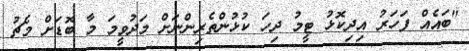
"ބައެއް ފަހަރު އިދިކޮޅު ޓީމު ދިހަ ކުޅުންތެރިންނަށް މަދުވީމަ މާ ބޮޑަށް މެޗު